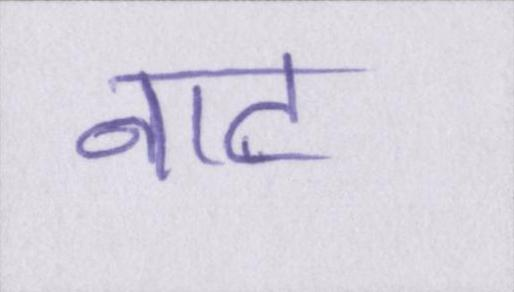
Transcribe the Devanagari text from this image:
नाट